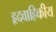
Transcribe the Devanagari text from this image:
हृदवाहिकीय